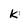
Character: k